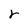
Character: r